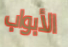
الأبواب